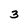
Character: 3